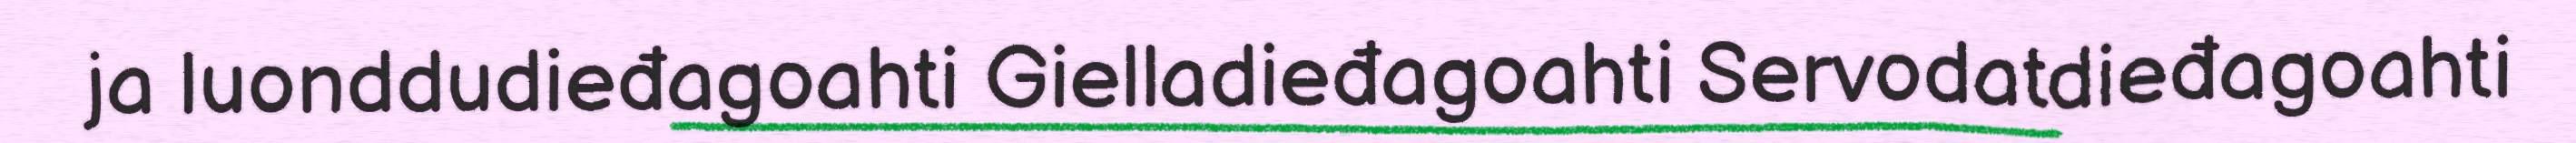
ja luonddudieđagoahti Gielladieđagoahti Servodatdieđagoahti